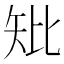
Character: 𥎬